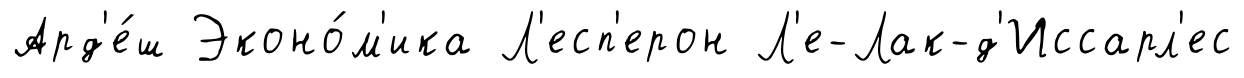
Ард'е́ш Эконо́м'ика Л'есп'ерон Л'е-Лак-д'Иссарл'ес